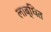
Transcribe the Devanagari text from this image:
लाब्धित